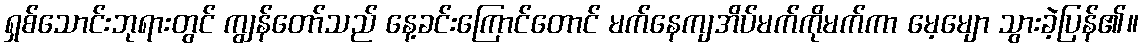
ရှစ်သောင်းဘုရားတွင် ကျွန်တော်သည် နေ့ခင်းကြောင်တောင် မက်နေကျအိပ်မက်ကိုမက်ကာ မေ့မျော သွားခဲ့ပြန်၏။